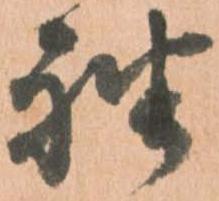
袖